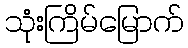
သုံးကြိမ်မြောက်